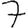
Digit: 7